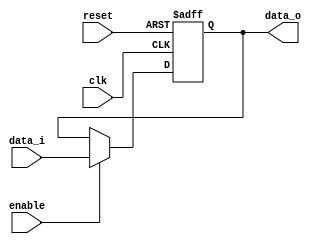
/******************************************************************
* Description
*	This the basic register that is used in the register file
*	1.0
* Author:
*	Dr. Jos Luis Pizano Escalante
* email:
*	luispizano@iteso.mx
* Date:
*	05/07/2020
******************************************************************/
module Register
#(
	parameter N_BITS = 32,
	parameter RST_VALUE = 0
)
(
	input clk,
	input reset,
	input enable,
	input  [N_BITS - 1 : 0] data_i,
	
	
	output reg [N_BITS - 1:0] data_o
);

always@(negedge reset or posedge clk) begin
	if(reset==0)
		data_o <= RST_VALUE;
	else	
		if(enable == 1)
			data_o <= data_i;
end

endmodule